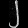
Digit: ၂